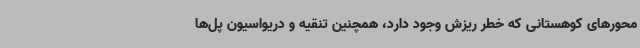
محورهای کوهستانی که خطر ریزش وجود دارد، همچنین تنقیه و دریواسیون پل‌ها